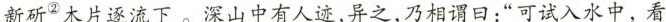
新斫^{②}木片逐流下。深山中有人迹，异之，乃相谓口：”可试入水中，看